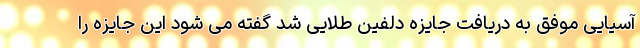
آسیایی موفق به دریافت جایزه دلفین طلایی شد گفته می شود این جایزه را